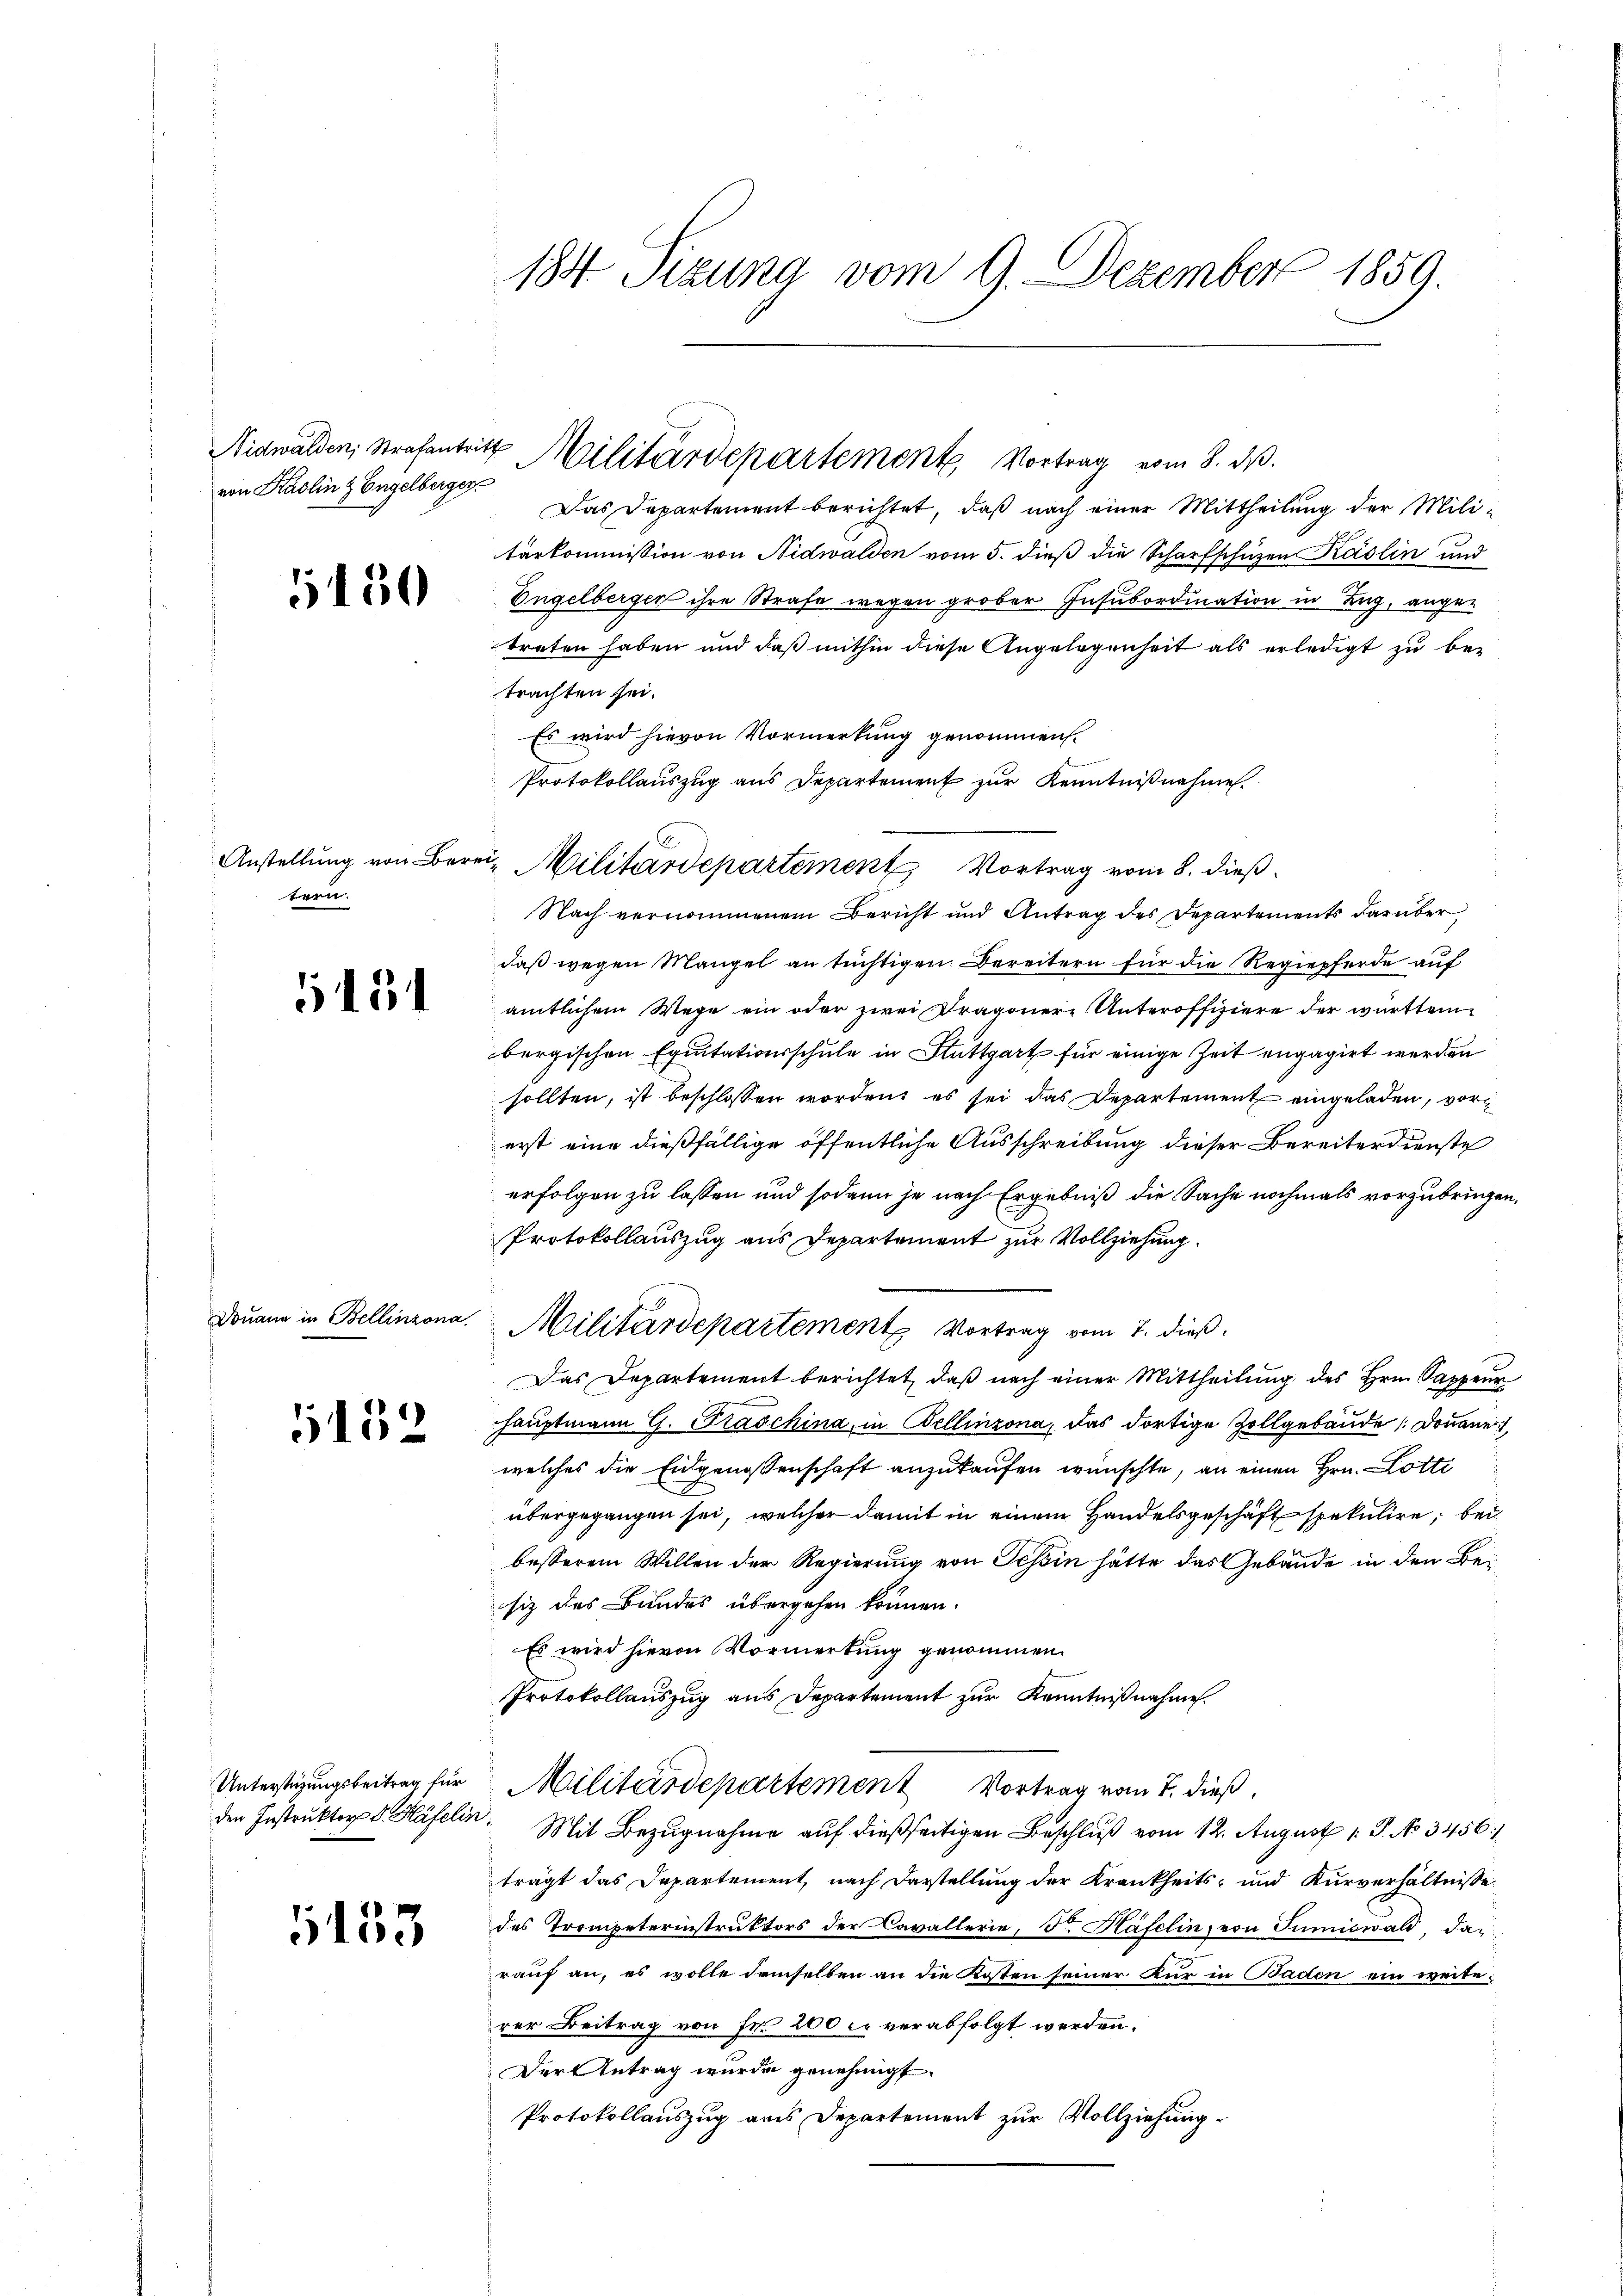
Nidwalden, Strafantritt
von Kadlin & Engelberger

1450

Anstellung von Bern
tern.

5151

Douane in Bellinzona.

6152

Unterstüzungsbeitrag für
den Instruktor Dr. Häfelin.

153

184. Sizung vom 9. Dezember 1859.

r

Das Departement berichtet, daß nach einer Mittheilung der Militärkommission von Nidwalden vom 5. dieß die Scharfschuzen Käslin und
Engelberger ihre Strafe wegen grober Insubordination in Zug, angetreten haben und daß mithin diese Angelegenheit als erledigt zu betrachten sei.
Es wird hievon Vormerkung genommen.
Protokollaŭszŭg ans Departement zŭr Kenntniβnahme.
Nach vernommenem Bericht und Antrag des Departements darüber
daß wegen Mangel an tüchtigen Bereitern für die Regiepferde auf
amtlichem Wege ein oder zwei Dragonere Unteroffiziere der württem
bergischen Equitationsschule in Stuttgart für einige Zeit engagirt werden
sollten, ist beschlossen worden, es sei das Departement eingeladen, vorerst eine dießfällige öffentliche Ausschreibung dieser Bereiterdienste
erfolgen zu lassen und sodann je nach Ergebniß die Sache nochmals vorzubringen,
Protokollauszug aus Departement zur Vollziehung.
Militärdepartement Vortrag vom 7. dieß.
Das Departement berichtet, daß nach einer Mittheilung des Hrn. Sappeur
hauptmann G. Traschina, in Bellinzona, das dortige Zollgebäude (Donaue
welches die Eidgenossenschaft anzukaufen wünschte, an einen Hrn. Lotti
übergegangen sei, welcher damit in einem Handelsgeschäft spekulire, bei
besserem Willen der Regierung von Schin hätte das Gebäude in den Besiz des Bundes übergehen können.
Es wird hievon Vormerkung genommen.
Protokollauszug aus Departement zur Kenntnißnahme.
Militärdepartement Vortrag vom 7. dieß
Mit Bezugnahme auf dießseitigen Beschluß vom 12. August 1. P. No 3456/
trägt das Departendent, nach Darstellung der Krankheits- und Kurverhältnisse
des Trompeterinstruktors der Cavallerie, F. Häfelin, von Juniswald, daauf an, es wolle demselben an die Kosten seiner Kur in Baden ein weiteer Beitrag von Fr. 200 l. verabfolgt werden.
Der Antrag wurde genehmigt.
Protokollauszug aus Departement zur Vollziehung

Militärdepartement, Vortrag vom 8. ds.

Militärdepartement Vortrag vom 8. dieß